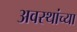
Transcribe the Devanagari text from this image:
अवस्थांच्या